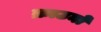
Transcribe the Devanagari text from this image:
क्राउनों